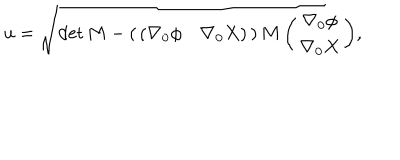
LaTeX: u = \sqrt { \det { M } - \left( \begin{array} { c c } { { ( \nabla _ { 0 } \phi } } & { { \nabla _ { 0 } X ) } } \\ \end{array} \right) M \left( \begin{array} { c } { { \nabla _ { 0 } \phi } } \\ { { \nabla _ { 0 } X } } \\ \end{array} \right) } ,